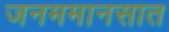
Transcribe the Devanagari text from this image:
जनममानसात